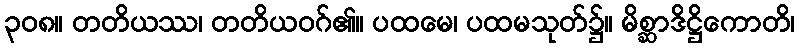
၃၀၈။ တတိယဿ၊ တတိယဝဂ်၏။ ပထမေ၊ ပထမသုတ်၌။ မိစ္ဆာဒိဋ္ဌိကောတိ၊